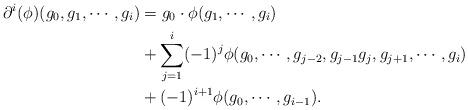
LaTeX: \begin{align*}\partial^i(\phi)(g_0,g_1,\cdots ,g_i)&=g_0\cdot \phi(g_1,\cdots ,g_i)\\&+\sum_{j=1}^i(-1)^j\phi(g_0,\cdots ,g_{j-2},g_{j-1}g_j,g_{j+1},\cdots , g_i)\\&+(-1)^{i+1}\phi(g_0,\cdots ,g_{i-1}).\end{align*}